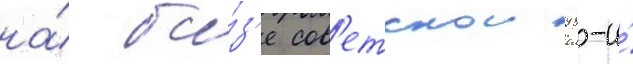
на́ ба́з'е сов'етскои 98-и́